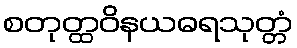
စတုတ္ထဝိနယဓရသုတ္တံ